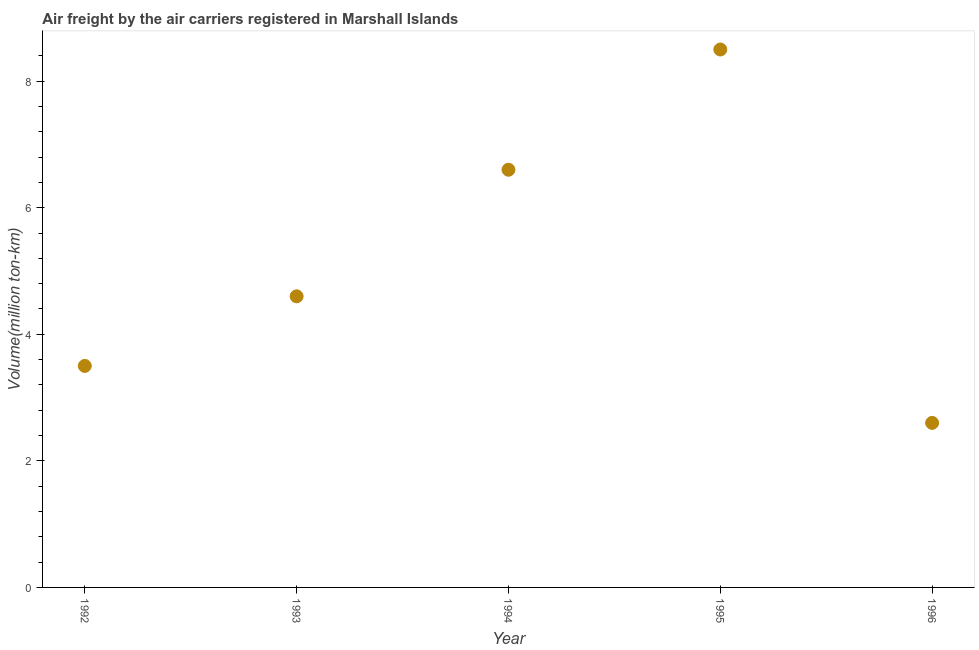
| Year | Air transport |
 | --- | --- |
 | 1992 | 3.5 |
 | 1993 | 4.6 |
 | 1994 | 6.6 |
 | 1995 | 8.5 |
 | 1996 | 2.6 |